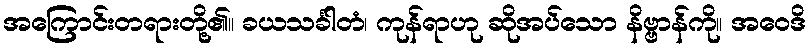
အကြောင်းတရားတို့၏။ ခယသင်္ခါတံ၊ ကုန်ရာဟု ဆိုအပ်သော နိဗ္ဗာန်ကို။ အဝေဒိ